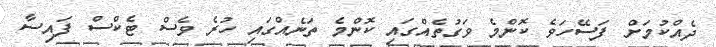
ދެއްކުމަށް ފަސޭހަވެ ކޮންމެ ވަގުތެއްގައި ކޮންމެ ތަނެއްގައި ހުރެ ވެސް ޓެކްސް ފައިސާ